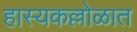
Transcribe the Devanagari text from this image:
हास्यकल्लोळात